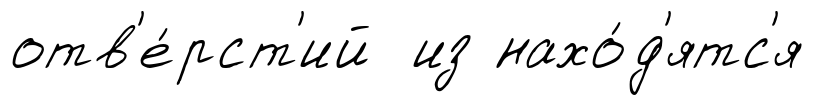
отв'е́рст'ий из нахо́д'ятс'я